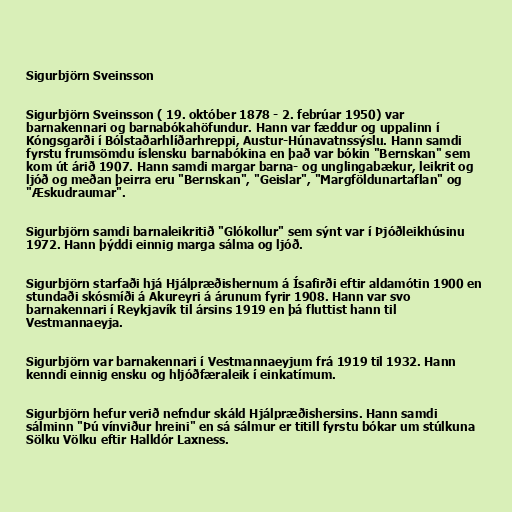
Sigurbjörn Sveinsson

Sigurbjörn Sveinsson ( 19. október 1878 - 2. febrúar 1950) var
barnakennari og barnabókahöfundur. Hann var fæddur og uppalinn í
Kóngsgarði í Bólstaðarhlíðarhreppi, Austur-Húnavatnssýslu. Hann samdi
fyrstu frumsömdu íslensku barnabókina en það var bókin "Bernskan" sem
kom út árið 1907. Hann samdi margar barna- og unglingabækur, leikrit og
ljóð og meðan þeirra eru "Bernskan", "Geislar", "Margföldunartaflan" og
"Æskudraumar".

Sigurbjörn samdi barnaleikritið "Glókollur" sem sýnt var í Þjóðleikhúsinu
1972. Hann þýddi einnig marga sálma og ljóð.

Sigurbjörn starfaði hjá Hjálpræðishernum á Ísafirði eftir aldamótin 1900 en
stundaði skósmíði á Akureyri á árunum fyrir 1908. Hann var svo
barnakennari í Reykjavík til ársins 1919 en þá fluttist hann til
Vestmannaeyja.

Sigurbjörn var barnakennari í Vestmannaeyjum frá 1919 til 1932. Hann
kenndi einnig ensku og hljóðfæraleik í einkatímum.

Sigurbjörn hefur verið nefndur skáld Hjálpræðishersins. Hann samdi
sálminn "Þú vínviður hreini" en sá sálmur er titill fyrstu bókar um stúlkuna
Sölku Völku eftir Halldór Laxness.